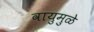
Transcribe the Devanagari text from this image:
वायुमुळे